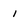
Character: i